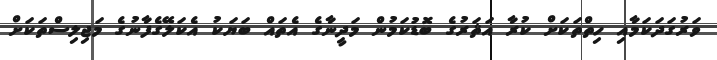
ވަރުގަދަކަމާއި ހިތްތަކަށް ކުރާ އަޘަރުގެ ބޮޑުކަމުން މަދީނާގެ އެތައް ބަޔަކު އެކަލޭގެފާނުގެ މަޖިލިސްތަކަށް